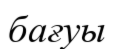
бағуы